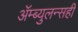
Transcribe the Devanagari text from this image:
ॲम्ब्युलन्सही